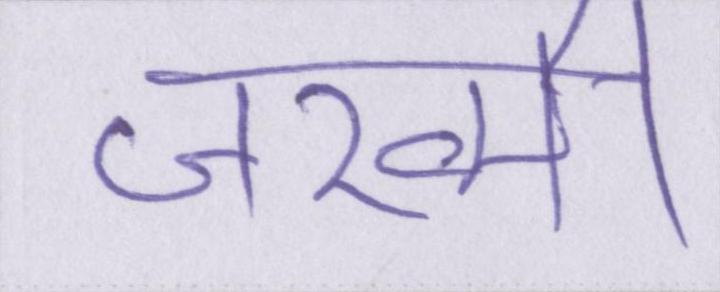
जख्मी